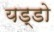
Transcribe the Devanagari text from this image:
यड्डो